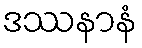
ဒဿနာနံ